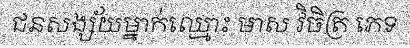
ជនសង្ស័យម្នាក់ឈ្មោះ មាស វិចិត្រ ភេទ